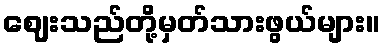
ဈေးသည်တို့မှတ်သားဖွယ်များ။